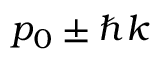
p _ { 0 } \pm \hbar k